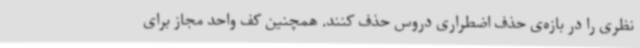
نظری را در بازه‌ی حذف اضطراری دروس حذف کنند. همچنین کف واحد مجاز برای